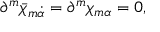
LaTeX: \partial ^ { m } \bar { \chi } _ { m \dot { \alpha } } = \partial ^ { m } \chi _ { m \alpha } = 0 ,